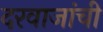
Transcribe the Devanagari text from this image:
दरवाजांची